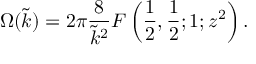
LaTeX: \Omega ( \tilde { k } ) = 2 \pi \frac { 8 } { \tilde { k } ^ { 2 } } F \left( \frac { 1 } { 2 } , \frac { 1 } { 2 } ; 1 ; z ^ { 2 } \right) .